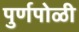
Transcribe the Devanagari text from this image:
पुर्णपोळी